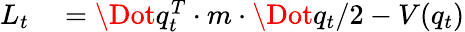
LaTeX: \begin{array}{rl}{L_{t}}&{{}=\Dot{q}_{t}^{T}\cdot m\cdot\Dot{q}_{t}/2-V(q_{t})}\end{array}